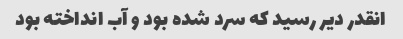
انقدر دیر رسید که سرد شده بود و آب انداخته بود